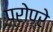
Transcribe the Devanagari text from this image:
प्रोप्रे